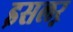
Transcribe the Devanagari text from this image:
इसलऱ़